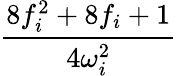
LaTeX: \frac{8f_{i}^{2}+8f_{i}+1}{4\omega_{i}^{2}}